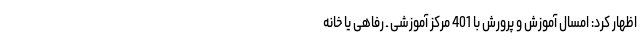
اظهار کرد: امسال آموزش و پرورش با 401 مرکز آموزشی ـ رفاهی یا خانه